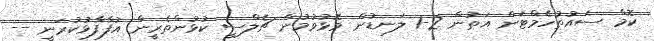
ކޮމް ސައުތުހެމްޓަން އަތުން 2-1 ލަނޑުން މޮޅުވުމުން ޗެލްސީ ކުޅުންތެރީން އުފާފާޅުކުރަނީ --